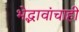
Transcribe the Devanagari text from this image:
भेद्भावांचाही